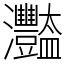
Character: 𤅿